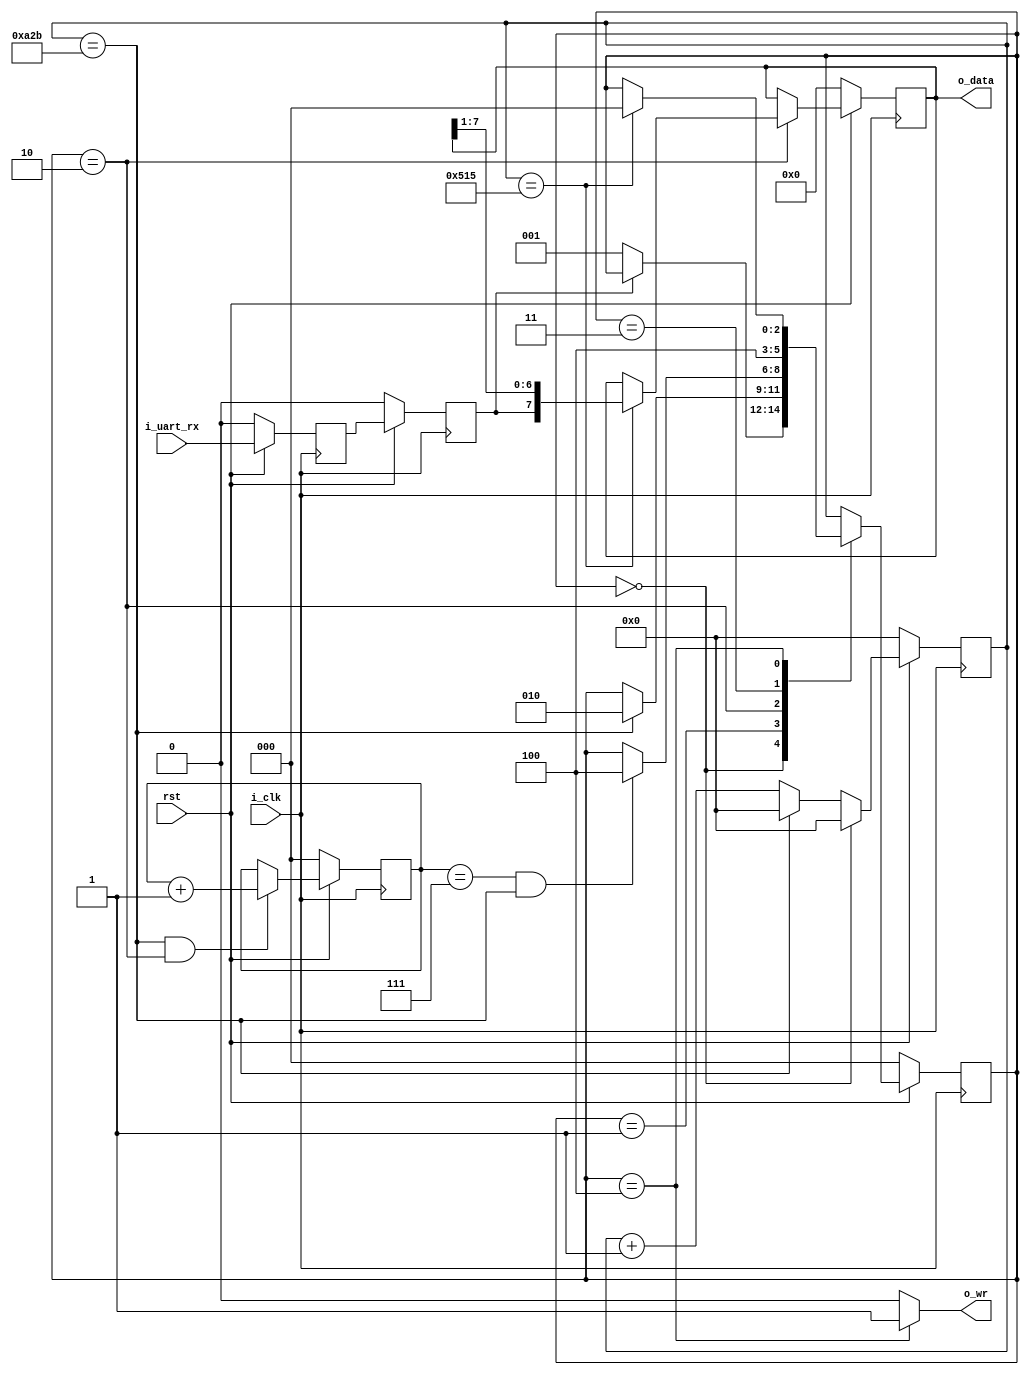
module rxuart(
	input	wire		i_clk,
	input	wire		i_uart_rx,
	input   wire            rst,
	output	reg		o_wr,
    	output	wire	[7:0]	o_data
);


localparam clk_frequency = 25e6; //25 MHz
parameter baudRate = 9600;
parameter if_parity = 0; // 0 no parity, 1 parity even
localparam [15:0] clocksPerBaud = clk_frequency/baudRate;

//STATES
localparam [2:0] IDLE   = 3'b000;
localparam [2:0] START  = 3'b001;
localparam [2:0] DATA   = 3'b010;
localparam [2:0] PARITY = 3'b011;
localparam [2:0] STOP   = 3'b100;



reg  [2:0]  state = IDLE;
reg  [2:0]  next_state;
reg  [15:0] baudSync = 0;
wire [15:0] next_baudSync;
reg  [2:0]  dataCounter = 0;
reg  [7:0]  data = 0;
reg  [7:0]  next_data;



// 2FF synchronizer
reg rx  = 1; 
reg rx1 = 1;

always @(posedge i_clk) begin
	if (!rst) begin
		rx <= 0;
		rx1 <= 0;
	end
	else
		{rx, rx1} <= {rx1, i_uart_rx};
end


// Baud counter, Data counter and states
assign next_baudSync = (state == IDLE) ? 0 : 
		       (baudSync == clocksPerBaud-1) ? 0 : baudSync + 1;

always @(posedge i_clk) begin
	if (!rst)  begin
		baudSync <= 0;
		dataCounter <= 0;
		state <= IDLE;
		data <= 0;
	end
	else begin
		state <= next_state;
		baudSync <= next_baudSync;
		data <= next_data;
		if (baudSync == clocksPerBaud-1 && state == DATA) 
			dataCounter <= dataCounter + 1'b1;
	end				
end



//State machine
always @(state or baudSync or dataCounter or rx or data) begin
	o_wr = 0;
	next_state = state;
	next_data = data;
	case (state)
		IDLE: begin
			if (!rx) 
				next_state = START;
			end
		START: begin
			if (baudSync == clocksPerBaud-1)
				next_state = DATA;
			end
		DATA: begin
			if (baudSync == clocksPerBaud/2-1)
				next_data = {rx, data[7:1]};
			if (dataCounter == 7 && baudSync == clocksPerBaud-1)
				if (if_parity)
					next_state = PARITY;
				else 
					next_state = STOP;
			end
		PARITY: begin
				next_state = STOP;
			end
		STOP: begin
			o_wr = 1;
			if (baudSync == clocksPerBaud/2-1)
				next_state = IDLE;
			end
	endcase
end


assign o_data = data;


endmodule